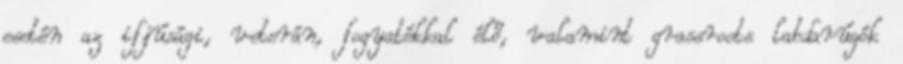
esetén az ifjúsági, veterán, fogyatékkal élő, valamint grassroots labdarúgók